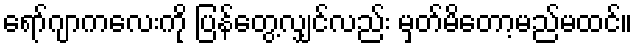
ရော်ဂျာကလေးကို ပြန်တွေ့လျှင်လည်း မှတ်မိတော့မည်မထင်။